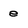
Character: e